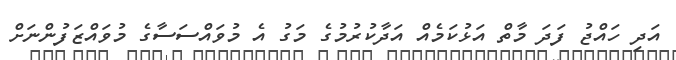
އަދި ހައްޖު ފަދަ މާތް އަޅުކަމެއް އަދާކުރުމުގެ މަގު އެ މުވައްސަސާގެ މުވައްޒަފުންނަށް